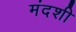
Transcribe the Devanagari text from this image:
मंदशी